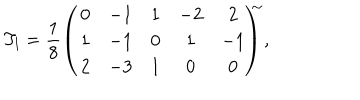
T _ { l } = \frac { 1 } { 8 } \left( \begin{array} { c c c c c } { { 0 } } & { { - 1 } } & { { 1 } } & { { - 2 } } & { { 2 } } \\ { { 1 } } & { { - 1 } } & { { 0 } } & { { 1 } } & { { - 1 } } \\ { { 2 } } & { { - 3 } } & { { 1 } } & { { 0 } } & { { 0 } } \\ \end{array} \! \right) ^ { \! \! \! \sim } ,